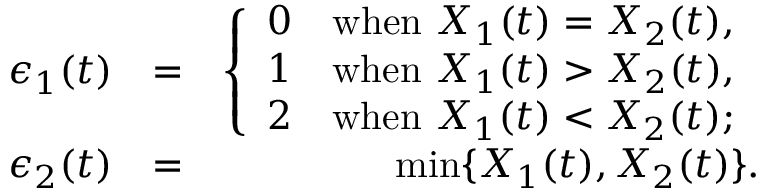
\begin{array} { r l r } { \epsilon _ { 1 } ( t ) } & { = } & { \left\{ \begin{array} { c c } { 0 } & { \mathrm { w h e n ~ } X _ { 1 } ( t ) = X _ { 2 } ( t ) , } \\ { 1 } & { \mathrm { w h e n ~ } X _ { 1 } ( t ) > X _ { 2 } ( t ) , } \\ { 2 } & { \mathrm { w h e n ~ } X _ { 1 } ( t ) < X _ { 2 } ( t ) ; } \end{array} \right. } \\ { \epsilon _ { 2 } ( t ) } & { = } & { \operatorname* { m i n } \{ X _ { 1 } ( t ) , X _ { 2 } ( t ) \} . } \end{array}